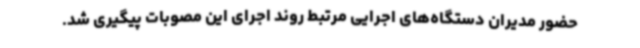
حضور مدیران دستگاه‌های اجرایی مرتبط روند اجرای این مصوبات پیگیری شد.